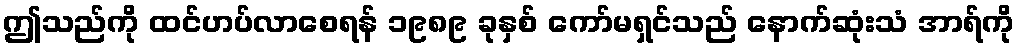
ဤသည်ကို ထင်ဟပ်လာစေရန် ၁၉၈၉ ခုနှစ် ကော်မရှင်သည် နောက်ဆုံးသံ အာရ်ကို